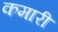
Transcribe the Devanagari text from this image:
कमारी